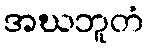
အဃဘူတံ